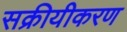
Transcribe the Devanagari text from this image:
सक्रीयीकरण